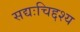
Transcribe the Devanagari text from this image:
सद्यःचिद्दश्य